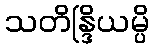
သတိန္ဒြိယမ္ပိ